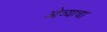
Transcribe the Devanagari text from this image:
ओव्याचा